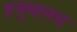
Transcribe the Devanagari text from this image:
हनुमानच